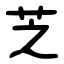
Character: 芝